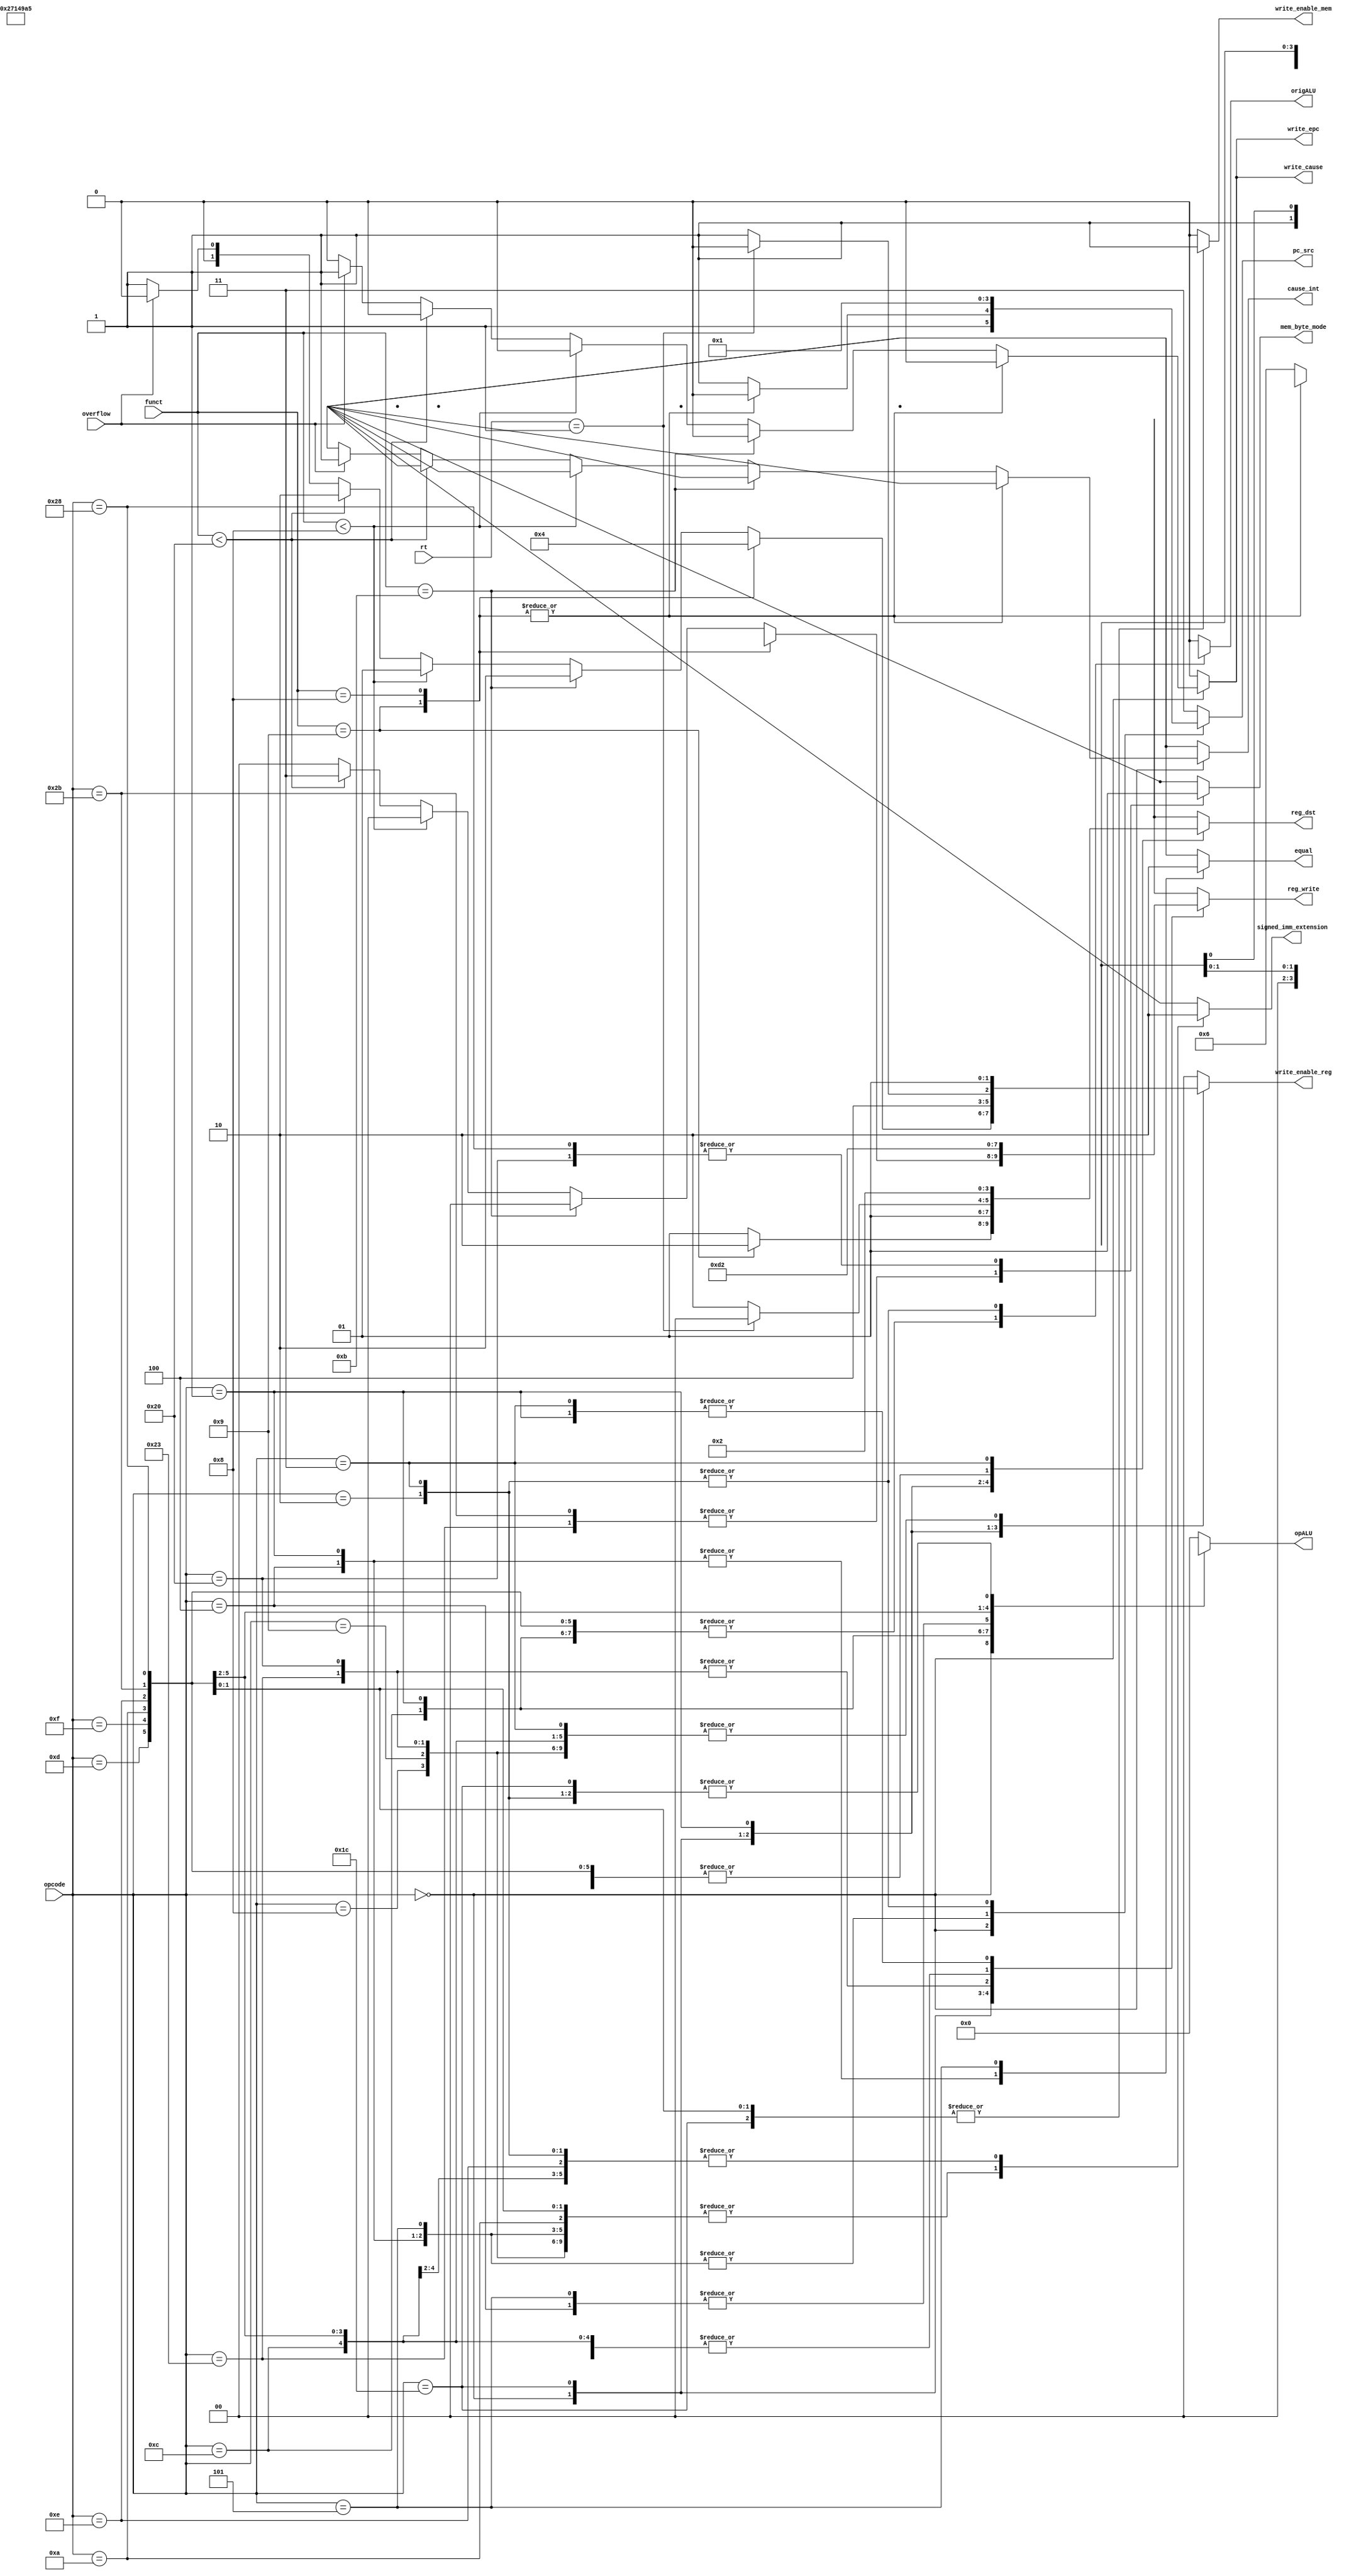
module control_unit(
	input[0:5] opcode, funct,			// Campos "opcode" e "funct"
	input[4:0] rt,							// Registrador rt p/ instrucoes BGEZ/BGEZAL
	input overflow,
	
	output reg [1:0] pc_src,			// Determina a escolha do proximo PC
	output reg [1:0] reg_dst, 			// Escolhe o reg em que sera salvo P/ instrucao
												// com 2 eh 0, p/ 3, eh 1, PC eh 2.
	output reg [1:0] reg_write,		// Escolhe qual dado sera salvo no bco de reg
												// 00 eh reg, 01 mem, 10 return address, 11 MUU
	output reg [3:0] opALU,				// Operacao a ser executada na ALU
	output reg write_enable_mem,		// Habilita escrita na memoria de dados
	output reg origALU,					// Origem do 2o operando da ALU
	output reg [1:0] write_enable_reg,	// Habilita escrita no banco de registradores
	output reg equal,						// Condicao de escolha entre resultado BEQ/BNE
	output reg signed_imm_extension,	// Decide se a extensao de sinal do imediato sera sinalizada ou nao
	output reg mem_byte_mode,			// Decide se a leitura e escrita na memoria vao ser em Byte (1), ou Word (0)
	output reg write_epc,				// Escreve no Registrador Error Program Counter (EPC)
	output reg cause_int,				// Especifica qual a causa do erro. 0  OpCode Invlido, e 1  Overflow
	output reg write_cause				// Escreve no Registrador Cause qual foi o erro.
	);

	// Definicao das condicoes iniciais
	initial begin
		reg_dst = 2'b0;
		pc_src = 2'b11;				// Indica saida simples (PC+1)
		reg_write = 2'b00;
		opALU = 4'b0;
		write_enable_mem = 1'b0;
		origALU = 1'b0;
		write_enable_reg = 2'b00;
		equal = 1'b1;
		signed_imm_extension = 1'b1;
		mem_byte_mode = 1'b0;
		write_epc = 1'b0;
		cause_int = 1'b0;
		write_cause = 1'b0;
	end	
	
	always @(*) begin
		equal <= 1'bx;
		reg_write <= 2'bxx;
		write_epc <= 1'b0;
		cause_int <= 1'bx;
		write_cause <= 1'b0;
		
		case(opcode)
/*----------------------------------------------------------------------------*/
			/* Instrucoes tipo R */
			6'b000000: begin					
				case (funct)
					6'b00_1001: begin	// JALR
						reg_dst <= 2'd2;				// Instrucao salva pc+1 em $ra
						pc_src = 2'b10;				// PC = rs
						reg_write <= 2'b00;			// Escreve return address no banco
						opALU <= 4'bx;					// Nao usa ALU, nao importa
						write_enable_mem <= 1'b0;	// NAO escreve na memoria
						origALU <= 1'd0;				// 2o operando da ALU eh o 2o reg
						write_enable_reg <= 2'b01;	// Escreve no banco de reg
						signed_imm_extension <= 1'bx; //Don't care imediato
						mem_byte_mode <= 1'bx;		// Don't care sobre uso da memoria
					end
					
					6'b00_1000: begin	// JR
						reg_dst <= 2'd1;				// Temos 3 registradores nesse caso
						pc_src = 2'b10;				// PC = rs
						reg_write <= 2'bx;			// Nao escreve bco reg, nao importa
						opALU <= 4'bx;					// Nao usa ALU, nao importa
						write_enable_mem <= 1'b0;	// NAO escreve na memoria
						origALU <= 1'd0;				// 2o operando da ALU eh o 2o reg
						write_enable_reg <= 2'b00;	// NAO escreve no banco de reg
						signed_imm_extension <= 1'bx; //Don't care imediato
						mem_byte_mode <= 1'bx;		// Don't care sobre uso da memoria
					end
					
					/* DEFAULT */
					default: begin
						reg_dst <= 2'd1;				// Temos 3 registradores nesse caso
						pc_src <= 2'b11;				// PC = PC+1 (nao faz branch ou jump)
						
						opALU <= 4'b110;				// Avaliar campo funct na alu_control
						write_enable_mem <= 1'b0;	// NAO escreve na memoria
						origALU <= 1'd0;				// 2o operando da ALU eh o 2o reg
						
						signed_imm_extension <= 1'bx; //Don't care imediato
						mem_byte_mode <= 1'bx;		// Don't care sobre uso da memoria
						
						if (funct == 6'b001011) begin	//MOVN
							reg_write <= 2'b00;		// Escreve resultado da ALU no banco
							write_enable_reg <= 2'b10;	// Escrita no bco reg condicional
						end
						
						else if (funct < 6'b001000) begin // Instrucoes de shift
							reg_write <= 2'b00;		// Escreve resultado da ALU no banco
							write_enable_reg <= 2'b01;	// Escreve no banco de reg
						end
						
						else if (funct < 6'b100000) begin	// Operacoes na MUU
							reg_write <= 2'b11;	// Escreve resultado da MUU no banco
							write_enable_reg <= 2'b10;	// Escrita no bco reg condicional
						end
							
						else begin						// Operacoes na ALU
							reg_write <= 2'b00;		// Escreve resultado da ALU no banco
							write_enable_reg <= 2'b01;	// Escreve no banco de reg
							if (overflow == 1'b1) begin // Anota o Overflow nos registradores EPC e cause e suspende a execuo do programa.
								cause_int <= 1'b1;
								write_epc <= 1'b1;
								write_cause <= 1'b1;
								write_enable_reg <= 1'b0;
							end
						end
					end
				endcase
			end
			
			/* Instrucoes tipo SPECIAL - semelhantes a tipo-R */	
				
			6'b011100:  //MUL, MADD, MSUBU
				begin
					reg_dst <= 2'd1;				// Temos 3 registradores nesse caso
					pc_src = 2'b11;				// PC = PC+1
					reg_write <= 2'b11;			// Escreve resultado da MUU no banco
					opALU <= 4'dx;					// NAO opera na ALU, nao importa
					write_enable_mem <= 1'b1;	// NAO escreve na memoria
					origALU <= 1'd0;				// 2o operando da ALU eh o 2o reg
					write_enable_reg <= 2'b10;	// Escreve no banco de registradores
					signed_imm_extension <= 1'bx; //Don't care imediato
					mem_byte_mode <= 1'bx;		// Don't care sobre uso da memoria
				end

/*----------------------------------------------------------------------------*/
			/* Instrucoes tipo I */				
			6'b001000:  //ADDI
				begin
					reg_dst <= 2'd0;				// Apenas 2 registradores nesse caso
					pc_src = 2'b11;				// PC = PC+1
					reg_write <= 2'b00;			// Escreve resultado da ALU no banco
					opALU <= 4'b000;				// Operacao de soma na ALU
					write_enable_mem <= 1'b0;	// NAO escreve na memoria
					origALU <= 1'd1; 				// 2o operando da ALU eh o imediato
					write_enable_reg <= 2'b01;	// Escreve no banco de registradores
					signed_imm_extension <= 1'b1; //Imediato com extensao sinalizada
					mem_byte_mode <= 1'bx;		// Don't care sobre uso da memoria
				end
			6'b001001:  //ADDIU
				begin
					reg_dst <= 2'd0;				// Apenas 2 registradores nesse caso
					pc_src = 2'b11;				// PC = PC+1
					reg_write <= 2'b00;			// Escreve resultado da ALU no banco
					opALU <= 4'b000;				// Operacao de ADDU na ALU
					write_enable_mem <= 1'b0;	// NAO escreve na memoria
					origALU <= 1'd1; 				// 2o operando da ALU eh o imediato
					write_enable_reg <= 2'b01;	// Escreve no banco de registradores
					signed_imm_extension <= 1'b1; //Imediato com extensao sinalizada
					mem_byte_mode <= 1'bx;		// Don't care sobre uso da memoria
				end
				
			6'b001100:  //ANDI 
				begin 
					reg_dst <= 2'd0;				// Apenas 2 registradores nesse caso
					pc_src = 2'b11;				// PC = PC+1
					reg_write <= 2'b00;			// Escreve resultado da ALU no banco
					opALU <= 4'b010;				// Operacao AND na ALU
					write_enable_mem <= 1'b0;	// NAO escreve na memoria
					origALU <= 1'd1;				// 2o operando da ALU eh o imediato
					write_enable_reg <= 2'b01;	// Escreve no banco de registradores
					signed_imm_extension <= 1'b0; //Imediato com extensao NAO-inalizada
					mem_byte_mode <= 1'bx;		// Don't care sobre uso da memoria
				end
				
			6'b000100:	// BEQ
				begin
					reg_dst <= 2'd0;				// Apenas 2 registradores nesse caso
					pc_src = 2'b00;				// Branch
					reg_write <= 2'bx;			// Nao escreve no bco, nao importa
					opALU <= 4'b001;				// Operacao de subtracao na ALU
					write_enable_mem <= 1'b0;	// NAO escreve na memoria
					origALU <= 1'd0;				// 2o operando da ALU eh o registrador 2
					write_enable_reg <= 2'b00;	// NAO escreve no bco de registradores
					equal <= 1'b1;					// Testa igualdade na ALU
					signed_imm_extension <= 1'b1; //imediato sinalizado
					mem_byte_mode <= 1'bx;		// Don't care sobre uso da memoria
				end
			
			6'b000001:	// "REGIMM" - BGEZ/BGEZAL
				begin
					pc_src = 2'b00;				// Branch
					reg_write <= 2'b10;			// Qnd escreve bco, escreve return address
					opALU <= 4'b0111;				// Operacao de especial na ALU
					write_enable_mem <= 1'b0;	// NAO escreve na memoria
					origALU <= 1'd1;				// 2o operando da ALU eh o imediato
					equal <= 1'b1;					// Testa igualdade na ALU
					signed_imm_extension <= 1'b1; //imediato sinalizado
					mem_byte_mode <= 1'bx;		// Don't care sobre uso da memoria
					
					
					if (rt == 5'b00001) begin	// BEGEZ
						reg_dst <= 2'd0;				// Apenas 2 registradores nesse caso
						write_enable_reg <= 2'b00;	// NAO escreve no bco de registradores
					end
					
					else begin						// BGEZAL
						reg_dst <= 2'd2;				// Instrucao salva pc+1 em $ra
						write_enable_reg <= 2'b01;	// Escreve no banco de registradores
					end
				end
			
			6'b000101:	// BNE
				begin
					reg_dst <= 2'd0;				// Apenas 2 registradores nesse caso
					pc_src = 2'b00;				// Branch
					reg_write <= 2'bx;			// Nao escreve no bco, nao importa
					opALU <= 4'b0001;				// Operacao de subtracao na ALU
					write_enable_mem <= 1'b0;	// NAO escreve na memoria
					origALU <= 1'd0;				// 2o operando da ALU eh o 2o registrador
					write_enable_reg <= 2'b00;	// NAO escreve no bco de registradores
					equal <= 1'b0;					// Testa desigualdade na ALU
					signed_imm_extension <= 1'b1; //imediato sinalizado
					mem_byte_mode <= 1'bx;		// Don't care sobre uso da memoria
				end
				
			6'b100011:  //LW
				begin
					reg_dst <= 2'b0;				// Apenas 2 registradores nesse caso
					pc_src = 2'b11;				// PC = PC+1
					reg_write <= 2'b01;			// Escreve dado da memoria no bco de reg
					opALU <= 4'b000;				// Operacao de soma na ALU
					write_enable_mem <= 1'b0;	// NAO escreve na memoria
					origALU <= 1'd1;				// 2o operando da ALU eh imediato/offset
					write_enable_reg <= 2'b01;	// Escreve no banco de registradores
					signed_imm_extension <= 1'b1; //Imediato com extensao sinalizada
					mem_byte_mode <= 1'b0;		// Memoria em Word mode.
				end
			
			6'b100000:  //LB
				begin
					reg_dst <= 2'b0;				// Apenas 2 registradores nesse caso
					pc_src = 2'b11;				// PC = PC+1
					reg_write <= 2'b01;			// Escreve dado da memoria no bco de reg
					opALU <= 4'b000;				// Operacao de soma na ALU
					write_enable_mem <= 1'b0;	// NAO escreve na memoria
					origALU <= 1'd1;				// 2o operando da ALU eh imediato/offset
					write_enable_reg <= 2'b01;	// Escreve no banco de registradores
					signed_imm_extension <= 1'b1; //Imediato com extensao sinalizada
					mem_byte_mode <= 1'b1;		// Memoria em Byte mode.
				end
				
			6'b001101:  //ORI 
				begin 
					reg_dst <= 2'd0;				// Apenas 2 registradores nesse caso
					pc_src = 2'b11;				// PC = PC+1
					reg_write <= 2'b00;			// Escreve resultado da ALU no banco
					opALU <= 4'b0100;				// Operacao OR na ALU
					write_enable_mem <= 1'b0;	// NAO escreve na memoria
					origALU <= 1'd1;				// 2o operando da ALU eh o imediato
					write_enable_reg <= 2'b01;	// Escreve no banco de registradores
					signed_imm_extension <= 1'b0; //Imediato com extensao NAO sinalizada
					mem_byte_mode <= 1'bx;		// Don't care sobre uso da memoria
				end
			
			6'b001111:  //LUI
				begin 
					reg_dst <= 2'd0;				// Apenas 2 registradores nesse caso
					pc_src = 2'b11;				// PC = PC+1
					reg_write <= 2'b00;			// Escreve resultado da ALU no banco
					opALU <= 4'b1001;				// Operacao LUI na ALU
					write_enable_mem <= 1'b0;	// NAO escreve na memoria
					origALU <= 1'd1;				// 2o operando da ALU eh o imediato
					write_enable_reg <= 2'b01;	// Escreve no banco de registradores
					signed_imm_extension <= 1'b0; //Imediato com extensao NAO sinalizada
					mem_byte_mode <= 1'bx;		// Don't care sobre uso da memoria
				end
				
			6'b001010:	// SLTI
				begin
					reg_dst <= 2'd0;				// Apenas 2 registradores nesse caso
					pc_src = 2'b11;				// PC = PC+1
					reg_write <= 2'b00;			// Escreve resultado da ALU no banco
					opALU <= 4'b1010;				// Operacao SLTI na ALU
					write_enable_mem <= 1'b0;	// NAO escreve na memoria
					origALU <= 1'd1;				// 2o operando da ALU eh o imediato
					write_enable_reg <= 2'b01;	// Escreve no banco de registradores
					signed_imm_extension <= 1'b1; //Imediato com extensao sinalizada
					mem_byte_mode <= 1'bx;		// Don't care sobre uso da memoria
				end
			
			6'b101011:  //SW
				begin
					reg_dst <= 2'd0;				// Apenas 2 registradores nesse caso
					pc_src = 2'b11;				// PC = PC+1
					reg_write <= 2'bx;			// Nao escreve no bco, nao importa
					opALU <= 4'b000;				// Operacao de soma na ALU
					write_enable_mem <= 1'b1;	// Escreve na memoria
					origALU <= 1'd1;				// 2o operando da ALU eh imediato/offset
					write_enable_reg <= 2'b00;	// NAO escreve registrador
					signed_imm_extension <= 1'b1; //Imediato com extensao sinalizada
					mem_byte_mode <= 1'b0;		// Memoria em word mode.
				end
				
			6'b101000:  //SB
				begin
					reg_dst <= 2'd0;				// Apenas 2 registradores nesse caso
					pc_src = 2'b11;				// PC = PC+1
					reg_write <= 2'bx;			// Nao escreve no bco, nao importa
					opALU <= 4'b000;				// Operacao de soma na ALU
					write_enable_mem <= 1'b1;	// Escreve na memoria
					origALU <= 1'd1;				// 2o operando da ALU eh imediato/offset
					write_enable_reg <= 2'b00;	// NAO escreve registrador
					signed_imm_extension <= 1'b1; //Imediato com extensao sinalizada
					mem_byte_mode <= 1'b1;		// Memoria em byte mode.
				end
				
			6'b001110:  //XORI 
				begin 
					reg_dst <= 2'd0;				// Apenas 2 registradores nesse caso
					pc_src = 2'b11;				// PC = PC+1
					reg_write <= 2'b00;			// Escreve resultado da ALU no banco
					opALU <= 4'b101;				// Operacao XOR na ALU
					write_enable_mem <= 1'b0;	// NAO escreve na memoria
					origALU <= 1'd1;				// 2o operando da ALU eh o imediato
					write_enable_reg <= 2'b01;	// Escreve no banco de registradores
					signed_imm_extension <= 1'b0; //Imediato com extensao NAO sinalizada
					mem_byte_mode <= 1'bx;		// Don't care sobre uso da memoria
				end
				
/*----------------------------------------------------------------------------*/
			/* Instrucoes tipo J */
			6'b000010:	// J (jump)
				begin
					reg_dst <= 2'bx;				// Nao escreve bco reg, nao importa
					pc_src = 2'b01;				// Jump incondicional
					reg_write <= 2'bx;			// Nao escreve no bco, nao importa
					opALU <= 4'bx;					// Nao usa ALU, nao importa
					write_enable_mem <= 1'b0;	// NAO escreve na memoria
					origALU <= 1'bx; 				// Nao usa ALU, nao importa
					write_enable_reg <= 2'b00;	// NAO escreve registrador
					signed_imm_extension <= 1'b0; //Imediato com extensao NAO sinalizada
					mem_byte_mode <= 1'bx;		// Don't care sobre uso da memoria
				end
				
			6'b000011:	// JAL (jump and link)	TODO
				begin
					reg_dst <= 2'd2; 				// Instrucao salva pc+1 em $ra
					pc_src = 2'b01;				// Jump incondicional
					reg_write <= 2'b10;			// Escreve return address no banco
					opALU <= 4'bx; 				// Nao usa ALU, nao importa
					write_enable_mem <= 1'b0;	// NAO escreve na memoria
					origALU <= 1'bx;				// Nao usa ALU, nao importa
					write_enable_reg <= 2'b01;	// Escreve no banco de registradores
					signed_imm_extension <= 1'b0; //Imediato com extensao NAO sinalizada
					mem_byte_mode <= 1'bx;		// Don't care sobre uso da memoria
				end
				
/*----------------------------------------------------------------------------*/
			/* DEFAULT */
			default:
				begin
					reg_dst <= 2'dx;				// Nao escreve bco reg, nao importa
					pc_src = 2'b11;				// Padrao PC+1
					reg_write <= 2'bx;			// Nao escreve no bco, nao importa
					opALU <= 4'b0;					// Nao usa ALU, nao importa
					write_enable_mem <= 1'b0;	// NAO escreve na memoria
					origALU <= 1'b0;				// Nao usa ALU, nao importa
					write_enable_reg <= 2'b00;	// NAO escreve registrador
					signed_imm_extension <= 1'bx; //Don't care imediato
					mem_byte_mode <= 1'bx;		// Don't care sobre uso da memoria
				end
		endcase
	end
	
endmodule